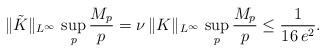
LaTeX: \begin{align*}\|\tilde K\|_{L^\infty}\,\sup_p \frac{M_p}{p}=\nu\,\|K\|_{L^\infty}\,\sup_p \frac{M_p}{p}\leq\frac{1}{16\,e^2}.\end{align*}